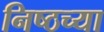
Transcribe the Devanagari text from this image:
निष्ठच्या